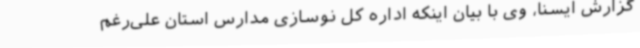
گزارش ایسنا، وی با بیان اینکه اداره کل نوسازی مدارس استان علی‌رغم